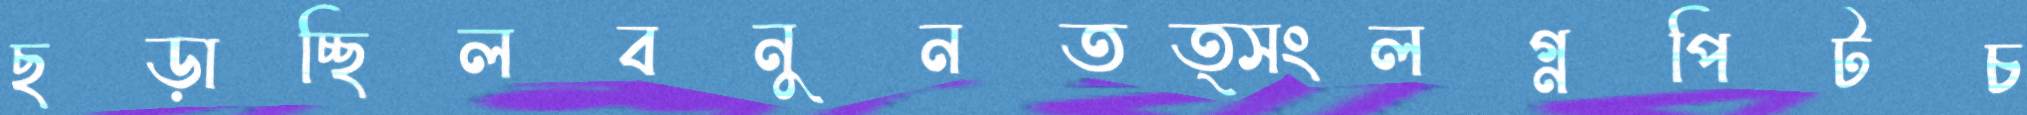
ছড়াচ্ছিলবনুনতত্সংলগ্নপিটচ